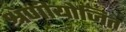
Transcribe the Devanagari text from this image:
श्रेणीयोजित